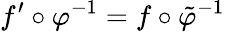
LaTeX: f^{\prime}\circ\varphi^{-1}=f\circ\tilde{\varphi}^{-1}